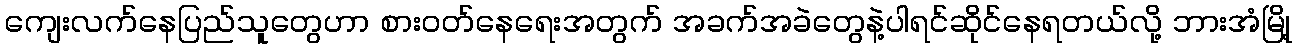
ကျေးလက်နေပြည်သူတွေဟာ စားဝတ်နေရေးအတွက် အခက်အခဲတွေနဲ့ပါရင်ဆိုင်နေရတယ်လို့ ဘားအံမြို့